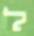
ל